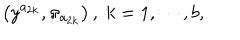
\left( y ^ { a _ { 2 k } } , \pi _ { a _ { 2 k } } \right) , \; k = 1 , \cdots , b ,